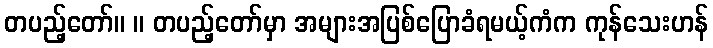
တပည့်တော်။ ။ တပည့်တော်မှာ အများအပြစ်ပြောခံရမယ့်ကံက ကုန်သေးဟန်